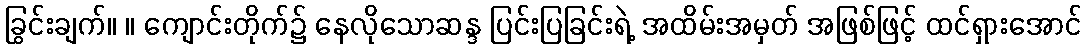
ခြွင်းချက်။ ။ ကျောင်းတိုက်၌ နေလိုသောဆန္ဒ ပြင်းပြခြင်းရဲ့ အထိမ်းအမှတ် အဖြစ်ဖြင့် ထင်ရှားအောင်